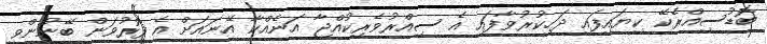
ބޮޑުސިއްރެކޭ ކިޔައިފައި ދަހިކުރުވާފައި އެ ސިއްރުވެރިކުއްޖާ އަނެއްކާ އޭނައަށް އެ ފޮރުވަން ބޭނުންވީ